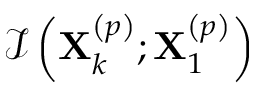
\mathcal { I } \left( \mathbf { X } _ { k } ^ { \left( p \right) } ; \mathbf { X } _ { 1 } ^ { \left( p \right) } \right)